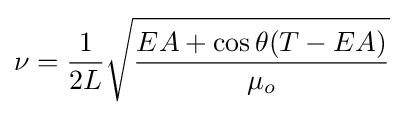
\nu ={\frac {1}{2L}}{\sqrt {\frac {EA+\cos \theta (T-EA)}{\mu _{o}}}}